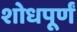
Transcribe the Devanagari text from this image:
शोधपूर्णं